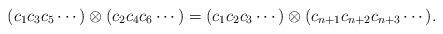
LaTeX: \begin{align*}(c_1c_3c_5\cdots) \otimes (c_2c_4c_{6}\cdots) = (c_1c_2c_3\cdots) \otimes (c_{n+1}c_{n+2}c_{n+3}\cdots) .\end{align*}